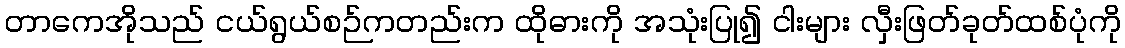
တာကေအိုသည် ငယ်ရွယ်စဉ်ကတည်းက ထိုဓားကို အသုံးပြု၍ ငါးများ လှီးဖြတ်ခုတ်ထစ်ပုံကို